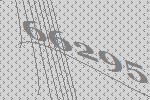
66295